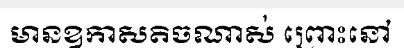
មានឧកាសតិចណាស់ ព្រោះនៅ